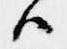
候